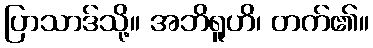
ပြာသာဒ်သို့။ အဘိရူဟိ၊ တက်၏။